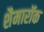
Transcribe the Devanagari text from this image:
शैमारॉक